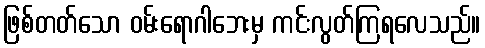
ဖြစ်တတ်သော ဝမ်းရောဂါဘေးမှ ကင်းလွတ်ကြရလေသည်။